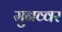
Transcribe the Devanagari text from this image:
मुनव्‍वर